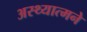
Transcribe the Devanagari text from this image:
अस्थ्यात्मने